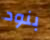
بنود